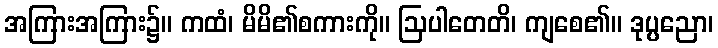
အကြားအကြား၌။ ကထံ၊ မိမိ၏စကားကို။ ဩပါတေတိ၊ ကျစေ၏။ ဒုပ္ပညော၊